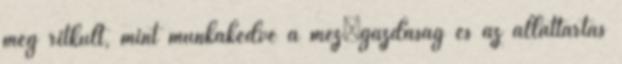
meg ritkult, mint munkakedve a mezıgazdaság és az állattartás